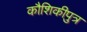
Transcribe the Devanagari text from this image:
कौशिकीपुत्र